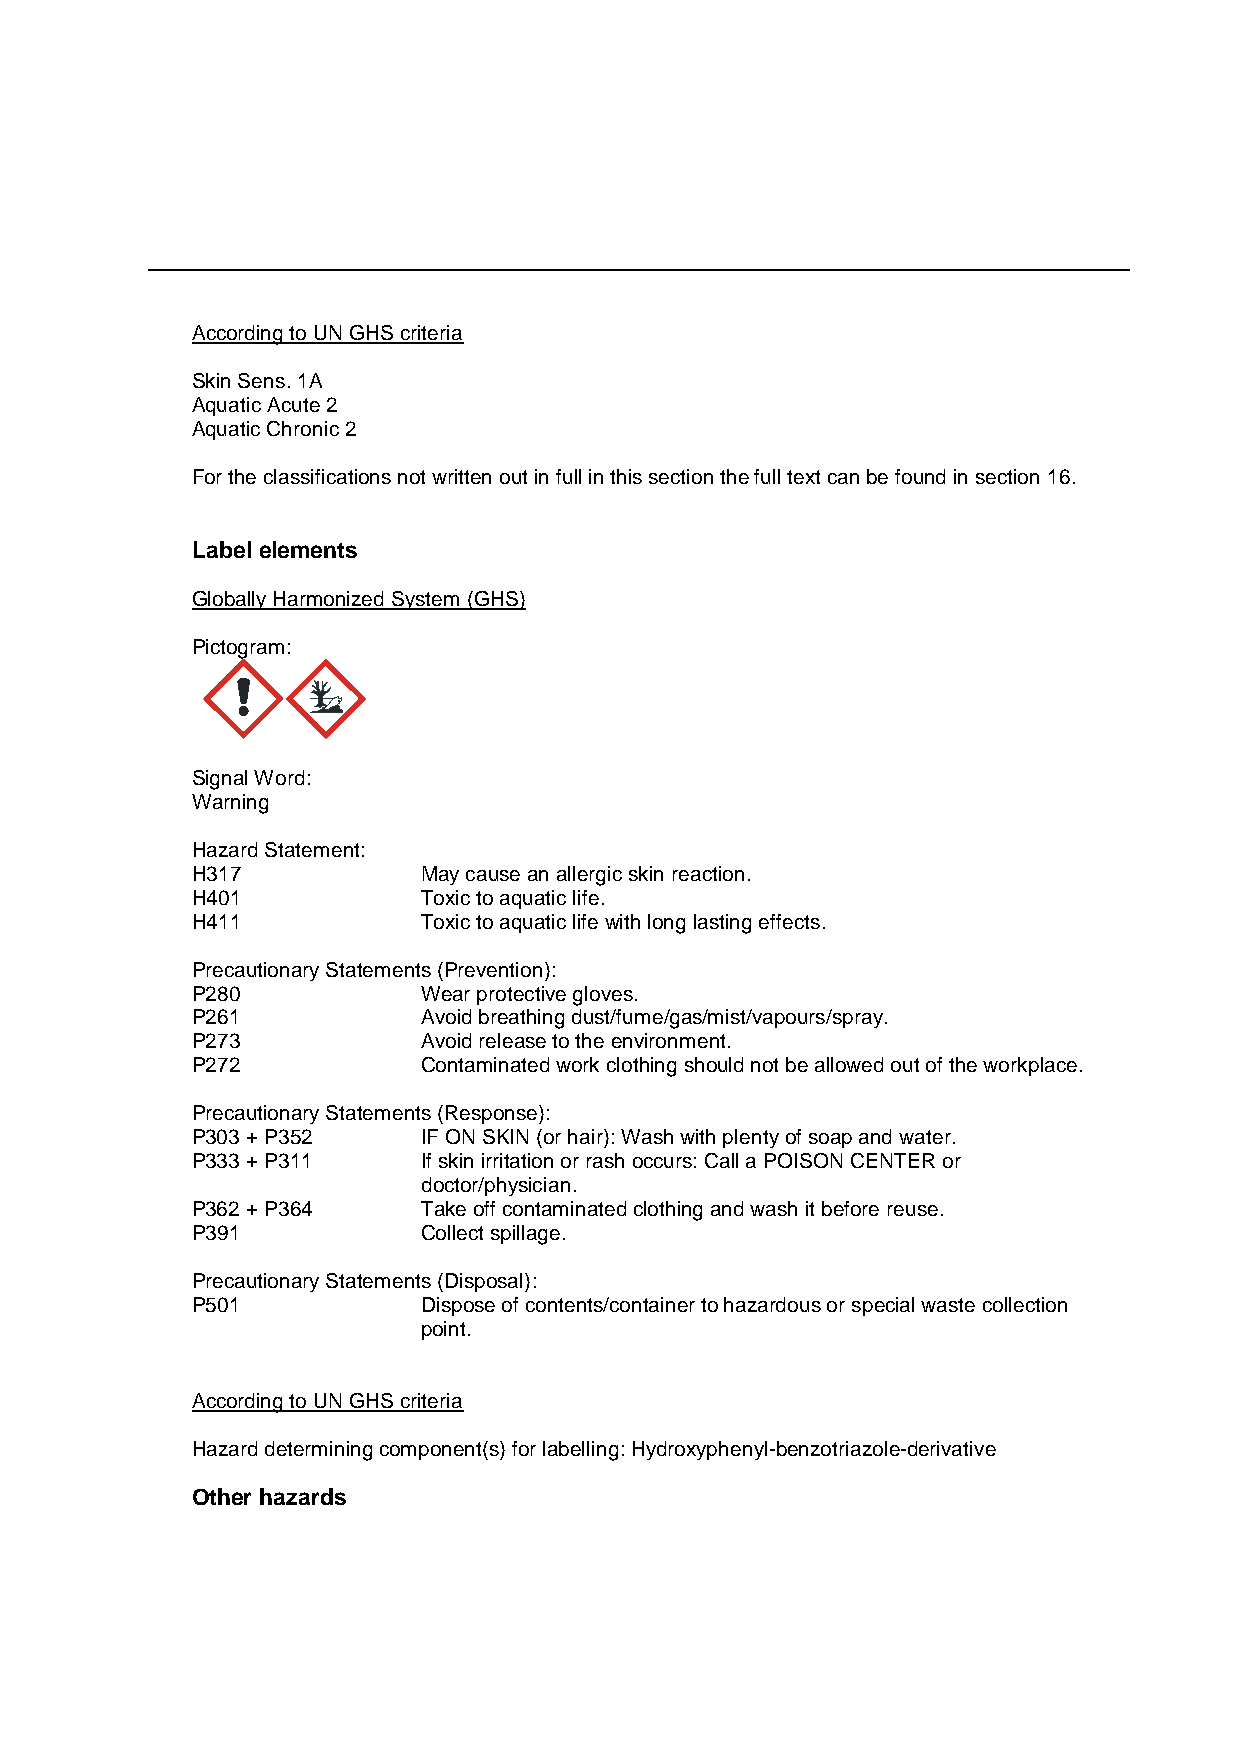
According to UN GHS criteria
 Skin Sens. 1A
 Aquatic Acute 2
 Aquatic Chronic 2
 For the classifications not written out in full in this section the full text can be found in section 16.
 Label elements
 Globally Harmonized System (GHS)
 Pictogram:
 Signal Word:
 Warning
 Hazard Statement:
 H317           May cause an allergic skin reaction.
 H401           Toxic to aquatic life.
 H411           Toxic to aquatic life with long lasting effects.
 Precautionary Statements (Prevention):
 P280           Wear protective gloves.
 P261           Avoid breathing dust/fume/gas/mist/vapours/spray.
 P273           Avoid release to the environment.
 P272           Contaminated work clothing should not be allowed out of the workplace.
 Precautionary Statements (Response):
 P303 + P352    IF ON SKIN (or hair): Wash with plenty of soap and water.
 P333 + P311    If skin irritation or rash occurs: Call a POISON CENTER or
 doctor/physician.
 P362 + P364    Take off contaminated clothing and wash it before reuse.
 P391           Collect spillage.
 Precautionary Statements (Disposal):
 P501           Dispose of contents/container to hazardous or special waste collection
 point.
 According to UN GHS criteria
 Hazard determining component(s) for labelling: Hydroxyphenyl-benzotriazole-derivative
 Other hazards